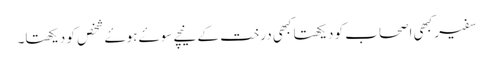
سفیر کبھی اصحاب کو دیکھتا کبھی درخت کے نیچے سوۓ ہوۓ شخص کو دیکھتا۔